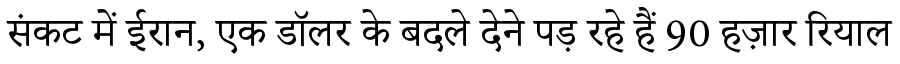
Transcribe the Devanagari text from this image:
संकट में ईरान, एक डॉलर के बदले देने पड़ रहे हैं 90 हज़ार रियाल